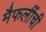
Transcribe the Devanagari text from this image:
मैफलींची